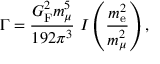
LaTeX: \Gamma = { \frac { G _ { \mathrm { F } } ^ { 2 } m _ { \mu } ^ { 5 } } { 1 9 2 \pi ^ { 3 } } } ~ I \left( { \frac { m _ { \mathrm { e } } ^ { 2 } } { m _ { \mu } ^ { 2 } } } \right) ,